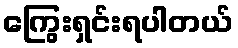
ကြွေးရှင်းရပါတယ်